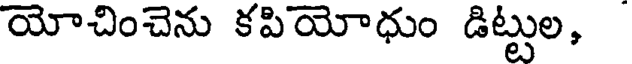
యోచించెను కపియోధుం డిట్టుల,